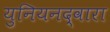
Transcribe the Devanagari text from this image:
युनियनद्वारा